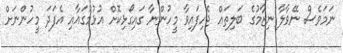
ނަމަވެސް ނޭވާލާ ނިޒާމުގެ ބަލިތައް ޖެހިފައިވާ މީހުންނާ ގައިގޯޅިކޮށް އުޅުމުގައާއި އެފަދަ މީހުންނަށް